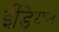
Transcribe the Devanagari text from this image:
ईडियन